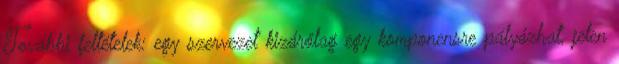
További feltételek: egy szervezet kizárólag egy komponensre pályázhat, jelen